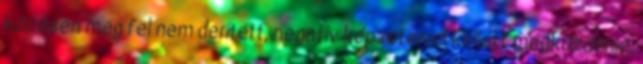
közösen még fel nem derített, negatív képzeteivel kellett megküzdenie,